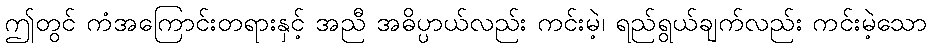
ဤတွင် ကံအကြောင်းတရားနှင့် အညီ အဓိပ္ပာယ်လည်း ကင်းမဲ့၊ ရည်ရွယ်ချက်လည်း ကင်းမဲ့သော